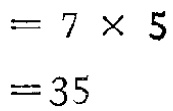
\[

\begin{align*}

&= 7\times5\\

&=35

\end{align*}

\]